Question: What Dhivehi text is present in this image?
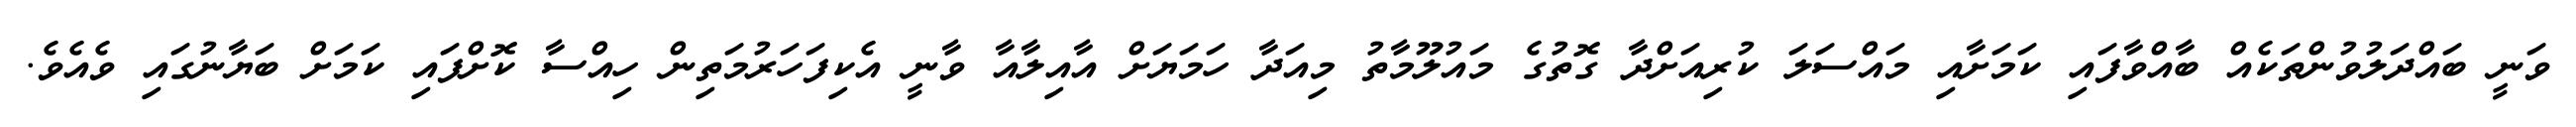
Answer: ވަނީ ބައްދަލުވުންތަކެއް ބާއްވާފައި ކަމަށާއި މައްސަލަ ކުރިއަށްދާ ގޮތުގެ މައުލޫމާތު މިއަދާ ހަމަޔަށް އާއިލާއާ ވާނީ އެކިފަހަރުމަތިން ހިއްސާ ކޮށްފައި ކަމަށް ބަޔާނުގައި ވެއެވެ.